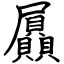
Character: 屭